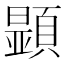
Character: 𩔰